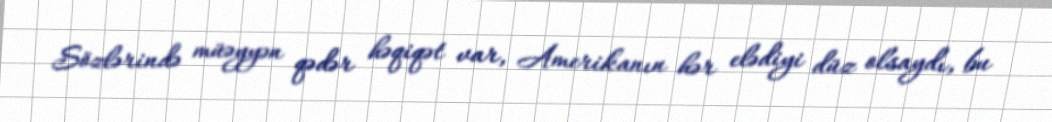
Sözlərində müəyyən qədər həqiqət var, Amerikanın hər elədiyi düz olsaydı, bu